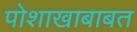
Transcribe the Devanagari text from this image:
पोशाखाबाबत